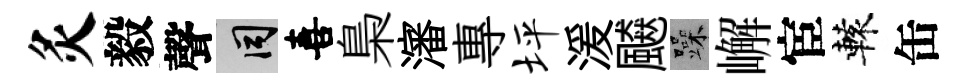
灸毅聲间喜梟瀋專坪湲飇躁嶰宦轅缶